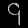
Digit: ၄